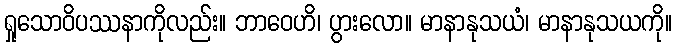
ရှုသောဝိပဿနာကိုလည်း။ ဘာဝေဟိ၊ ပွားလော။ မာနာနုသယံ၊ မာနာနုသယကို။